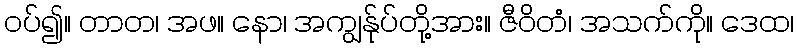
ဝပ်၍။ တာတ၊ အဖ။ နော၊ အကျွန်ုပ်တို့အား။ ဇီဝိတံ၊ အသက်ကို။ ဒေထ၊